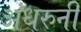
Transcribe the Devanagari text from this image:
अंधरुनी